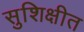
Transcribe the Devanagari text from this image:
सुशिक्षीत